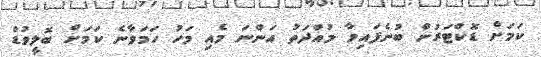
ކަމަށް ޑޮކްޓަރުން ބުނެފައިވާ މުއްދަތު އަންނަ މެއި މަހު ހަމަވާނެ ކަމަށް ބޮލީވުޑް